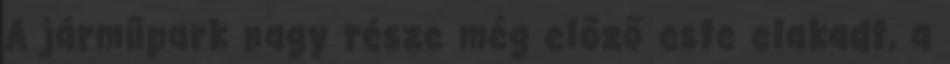
A járműpark nagy része még előző este elakadt, a